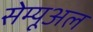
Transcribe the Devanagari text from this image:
सेम्यूअल